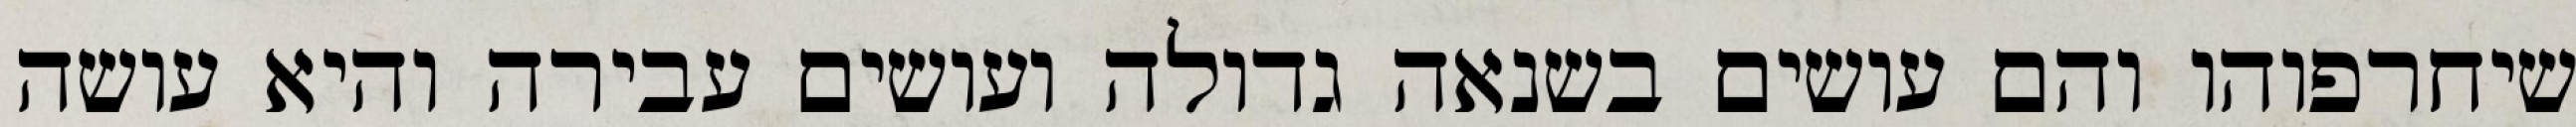
שיחרפוהו והם עושים בשנאה גדולה ועושים עבירה והיא עושה